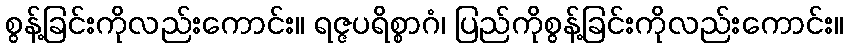
စွန့်ခြင်းကိုလည်းကောင်း။ ရဇ္ဇပရိစ္စာဂံ၊ ပြည်ကိုစွန့်ခြင်းကိုလည်းကောင်း။